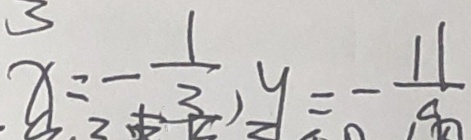
x = - \frac { 1 } { 3 } , y = - \frac { 1 1 } { 9 }